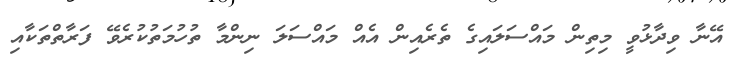
އޭނާ ވިދާޅުވީ މިތިން މައްސަލައިގެ ތެރެއިން އެއް މައްސަލަ ނިންމާ ތުހުމަތުކުރެވޭ ފަރާތްތަކާއި